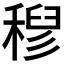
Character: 𮃗